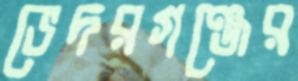
ভেদরগঞ্জের